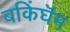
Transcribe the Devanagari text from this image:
बकिंघॅम